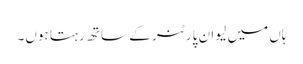
ہاں میں لیو ان پارٹنر کے ساتھ رہتا ہوں۔